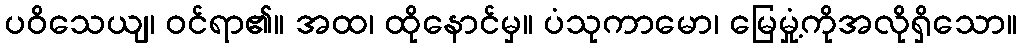
ပဝိသေယျ၊ ဝင်ရာ၏။ အထ၊ ထိုနောင်မှ။ ပံသုကာမော၊ မြေမှုံ့ကိုအလိုရှိသော။